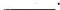
___.